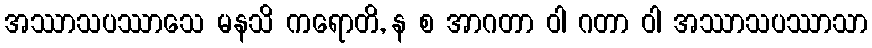
အဿာသပဿာသေ မနသိ ကရောတိ, န စ အာဂတာ ဝါ ဂတာ ဝါ အဿာသပဿာသာ